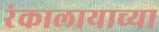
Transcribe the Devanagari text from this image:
रंकालायाच्या